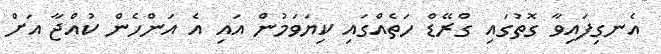
އެނގިފައިވާ ގޮތުގައި ގްރޭޑް ހަތެއްގައި ކިޔަވަމުން އައި އެ އަންހެން ކުއްޖާ އަށް